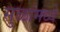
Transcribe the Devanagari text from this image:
सुळांमध्ये